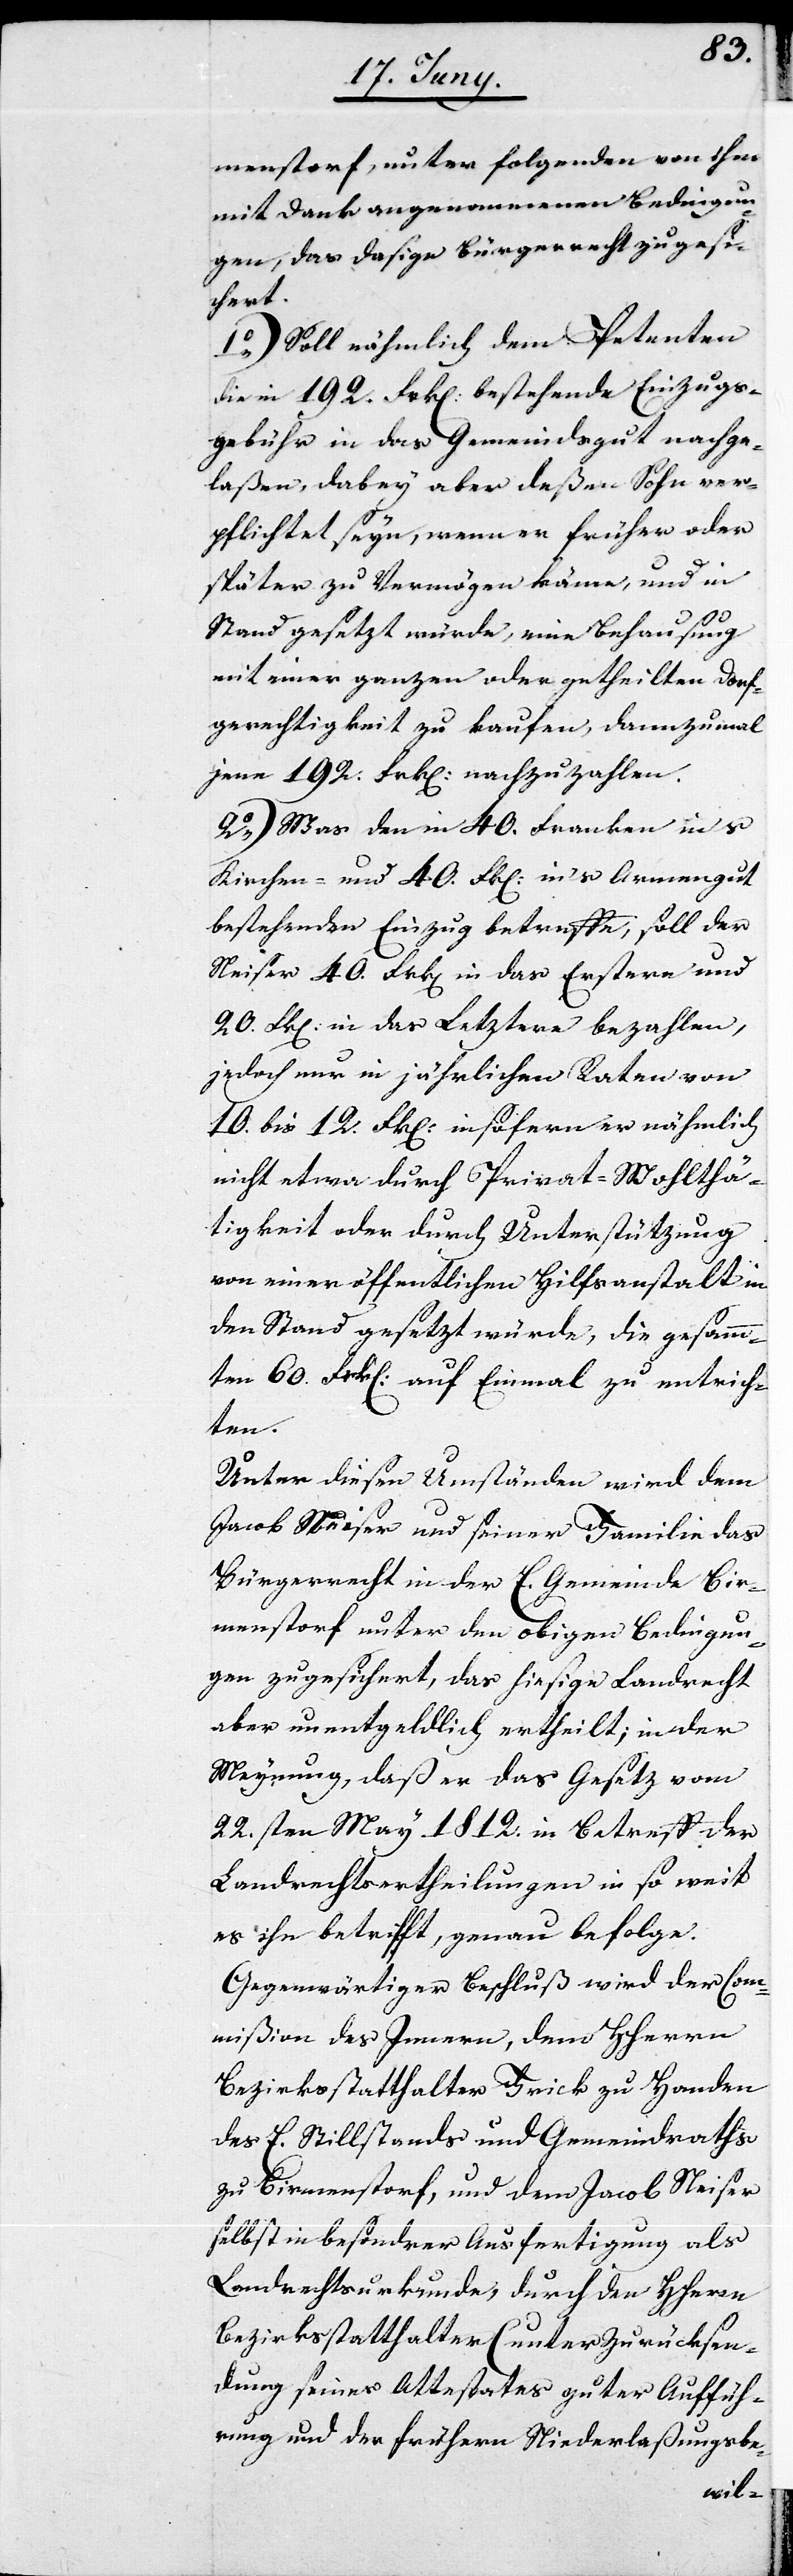
menstorf, unter folgenden von ihm
mit Dank angenommenen Bedingun¬
gen, das dasige Bürgerrecht zugesi¬
chert.
1o) Soll nähmlich dem Petenten
die in 192. Frk[en] bestehende Einzugs¬
gebühr in das Gemeindgut nachge¬
laßen, dabey aber deßen Sohn ver¬
pflichtet seyn, wenn er früher oder
später zu Vermögen käme, und in
Stand gesetzt würde, eine Behausung
mit einer ganzen oder getheilten Dorf¬
gerechtigkeit zu kaufen, dannzumahl
jene 192. Frk[en] nachzuzahlen.
2o) Was den in 40. Franken ins
Kirchen- und 40. Frk[en] ins Armengut
bestehenden Einzug betreffe, soll der
Neiser 40. Frk[en] in das Erstere und
20. Frk[en] in das Letztere bezahlen,
jedoch nur in jährlichen Raten von
10. bis 12. Frk[en] insofern er nähmlich
nicht etwa durch Privat-Wohlthä¬
tigkeit, oder durch Unterstützung
von einer öffentlichen Hilfsanstalt in
den Stand gesetzt würde, die gesamm¬
ten 60. Frk[en] auf Einmal zu entrich¬
ten.
Unter diesen Umständen wird dem
Jacob Neiser und seiner Familie das
Bürgerrecht in der E. Gemeinde Bir¬
menstorf unter den obigen Bedingun¬
gen zugesichert, das hiesige Landrecht
aber unentgeldlich ertheilt; in der
Meynung, daß er das Gesetz vom
22.sten May 1812. in Betreff der
Landrechtsertheilung in so weit
es ihn betrifft, genau befolge.
Gegenwärtiger Beschluß wird der Com¬
mißion des Innern, dem Herrn
Bezirksstatthalter Frick zu Handen
des E. Stillstands und Gemeindraths
zu Birmenstorf, und dem Jacob Neiser
selbst in besonderer Ausfertigung als
Landrechtsurkunde, durch den Herrn
Bezirksstatthalter (unter Zurücksen¬
dung seines Attestates guter Auffüh¬
rung und der frühern Niederlaßungsbe-